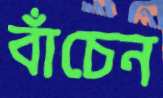
বাঁচেন